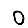
Digit: 0